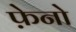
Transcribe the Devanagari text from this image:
फ़ेनो